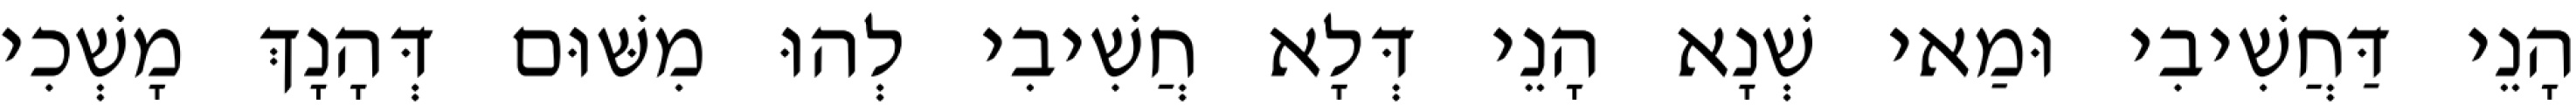
הָנֵי דַּחֲשִׁיבִי וּמַאי שְׁנָא הָנֵי דְּלָא חֲשִׁיבִי לְהוּ מִשּׁוּם דְּהָנָךְ מָשְׁכִי